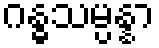
ဂန္ဓသမ္ပန္နာ